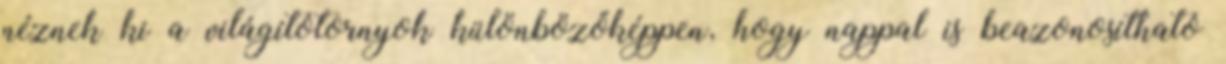
néznek ki a világítótornyok különbözőképpen, hogy nappal is beazonosítható